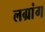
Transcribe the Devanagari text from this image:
लग्रांग